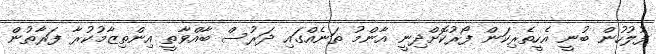
ފުލުހުން ބުނީ އެހީތެރިކަން ފޯރުކޮށްދިނީ އާންމު ތަނެއްގައި ދަރުސް ބާއްވާތީ އިންތިޒާމުކުރާ ފަރާތުން